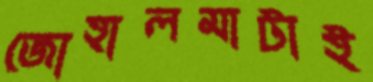
জোহালমাটাই